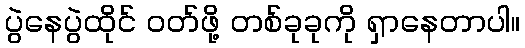
ပွဲနေပွဲထိုင် ဝတ်ဖို့ တစ်ခုခုကို ရှာနေတာပါ။